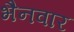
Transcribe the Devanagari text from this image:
भैनवार